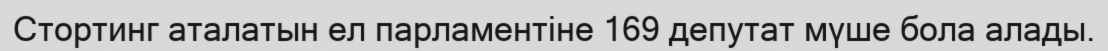
Стортинг аталатын ел парламентіне 169 депутат мүше бола алады.